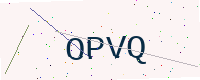
Text: OPVQ